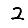
Digit: 2